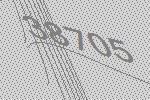
38705